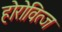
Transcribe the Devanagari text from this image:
होरोवित्ज